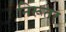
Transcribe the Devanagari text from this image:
निरूतर